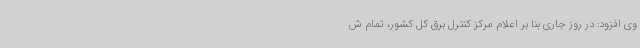
وی افزود: در روز جاری بنا بر اعلام مرکز کنترل برق کل کشور، تمام ش